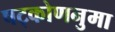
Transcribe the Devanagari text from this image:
षट्कोणनुमा